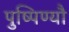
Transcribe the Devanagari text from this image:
पुष्पिण्यौ